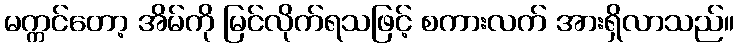
မက္ကင်တော့ အိမ်ကို မြင်လိုက်ရသဖြင့် စကားလက် အားရှိလာသည်။